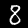
Digit: 8